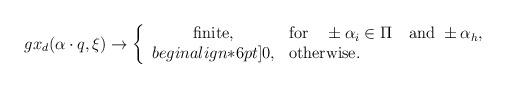
LaTeX: \begin{align*}gx_d(\alpha\cdot q,\xi)\to \left\{ \begin{array}{cl} \mbox{finite},& \mbox{for} \quad \pm\alpha_i\in\Pi\quad \mbox{and}\ \pm\alpha_h,\\begin{align*}6pt] 0,&\mbox{otherwise.} \end{array} \right. \end{align*}